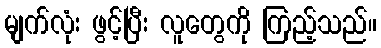
မျက်လုံး ဖွင့်ပြီး လူတွေကို ကြည့်သည်။